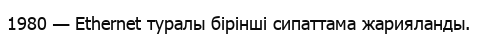
1980 — Ethernet туралы бірінші сипаттама жарияланды.